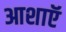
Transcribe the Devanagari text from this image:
आशाऍ